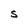
Character: S